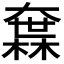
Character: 𡙻